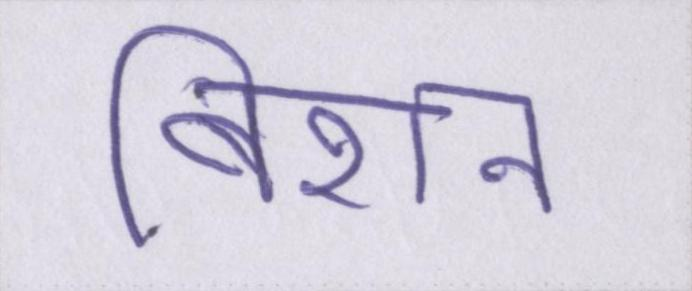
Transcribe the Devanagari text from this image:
बिशन